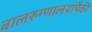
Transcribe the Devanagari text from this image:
बालरुग्णालयांपैकी